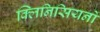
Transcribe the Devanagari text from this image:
क्लिनिसियनों